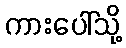
ကားပေါ်သို့